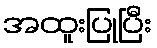
အထူးပြုပြီး